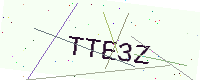
Text: TTE3Z